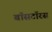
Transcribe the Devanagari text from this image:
बॉसटॉरस